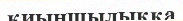
қиыншылыққа